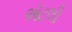
ઍટલી